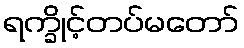
ရက္ခိုင့်တပ်မတော်